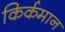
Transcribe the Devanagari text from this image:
किर्कमान